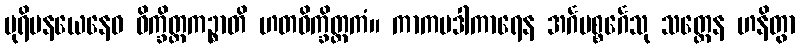
ပုရိမနယေနေဝ ဝိက္ခိတ္တကဉ္စာတိ ဟတဝိက္ခိတ္တကံ။ ကာကပဒါကာရေန အင်္ဂပစ္စင်္ဂေသု သတ္ထေန ဟနိတွာ